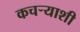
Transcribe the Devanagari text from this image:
कचऱ्याशी